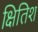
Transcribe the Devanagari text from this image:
क्षितिश